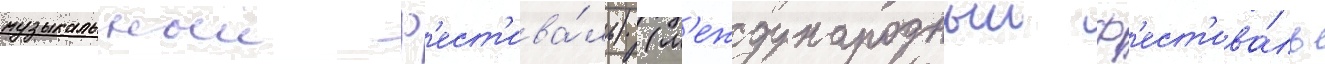
музыкальныи ф'ест'ива́ль) (м'еждународныи ф'ест'ива́ль